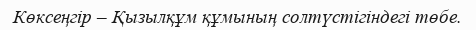
Көксеңгір – Қызылқұм құмының солтүстігіндегі төбе.